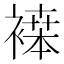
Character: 𬡪